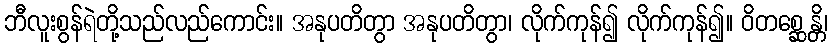
ဘီလူးစွန်ရဲတို့သည်လည်ကောင်း။ အနုပတိတွာ အနုပတိတွာ၊ လိုက်ကုန်၍ လိုက်ကုန်၍။ ဝိတစ္ဆေန္တိ၊